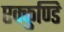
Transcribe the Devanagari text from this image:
एक्कुण्डि